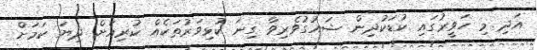
އަދި މި ހަވީރުގައި ކުޑަކުދިން ޝައުގުވެރިވާ ގިނަ ކުޅިވަރުތަކެއް ކުރިއަށް ދިޔަ ކަމަށް